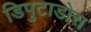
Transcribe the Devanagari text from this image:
डिपुटाडोस